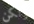
ولكن